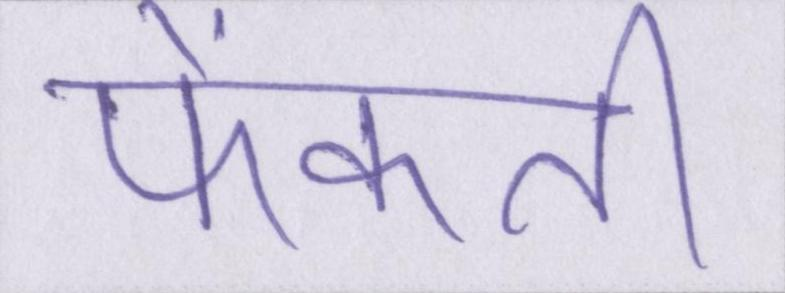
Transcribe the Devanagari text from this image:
फेंकती